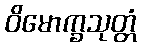
ဝိမောက္ခသုတ္တံ